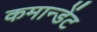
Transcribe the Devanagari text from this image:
कमान्डेंट